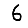
Digit: 6